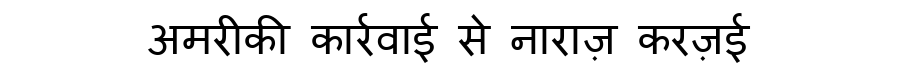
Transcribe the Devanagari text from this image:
अमरीकी कार्रवाई से नाराज़ करज़ई